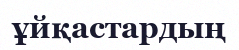
ұйқастардың